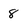
Character: 8